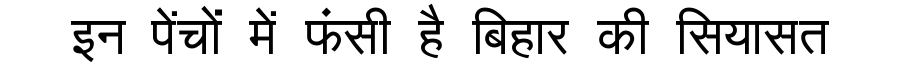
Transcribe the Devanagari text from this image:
इन पेंचों में फंसी है बिहार की सियासत